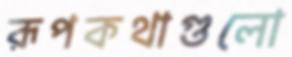
রূপকথাগুলো